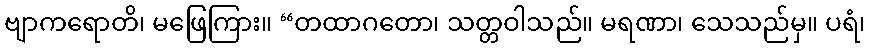
ဗျာကရောတိ၊ မဖြေကြား။ “တထာဂတော၊ သတ္တဝါသည်။ မရဏာ၊ သေသည်မှ။ ပရံ၊